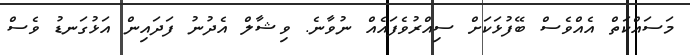
މަސައްކަތް އެއްވެސް ބޭފުޅަކަށް ސިއްރުވެފައެއް ނުވާނެ. ވިޝާލް އެދުނު ފަދައިން އަޅުގަނޑު ވެސް